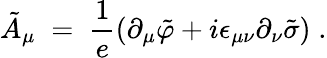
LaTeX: {\tilde{A}}_{\mu}\; =\; \frac{1}{e}(\partial_{\mu}{\tilde{\varphi}}+i\epsilon_{\mu\nu}\partial_{\nu}{\tilde{\sigma}})\; .